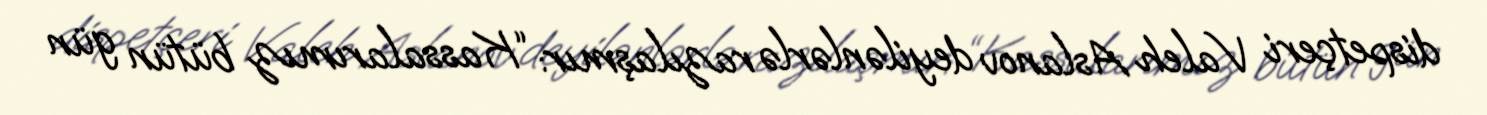
dispetçeri Valeh Aslanov deyilənlərlə razılaşmır: “Kassalarımız bütün gün